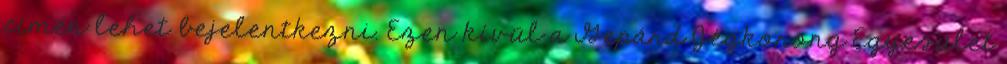
címen lehet bejelentkezni. Ezen kívül a Gepárd Jégkorong Egyesület